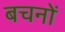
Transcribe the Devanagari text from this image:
बचनों